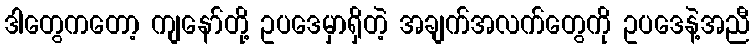
ဒါတွေကတော့ ကျနော်တို့ ဥပဒေမှာရှိတဲ့ အချက်အလက်တွေကို ဥပဒေနဲ့အညီ